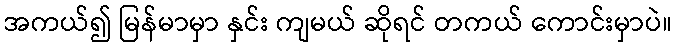
အကယ်၍ မြန်မာမှာ နှင်း ကျမယ် ဆိုရင် တကယ် ကောင်းမှာပဲ။